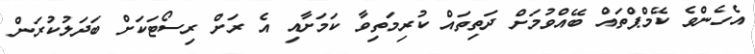
އެހެންވެ ކޭމްޕްތައް ބޭއްވުމަށް ދަތިތައް ކުރިމަތިވާ ކަމަށާއި އެ ރަށް ރިސޯޓަކަށް ބަދަލުކުރަން